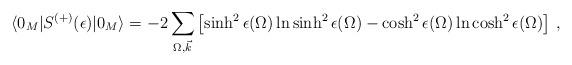
LaTeX: \begin{align*} \langle 0_M|S^{(+)}(\epsilon)|0_M\rangle = -2 \sum_{\Omega, \vec k} \left[\sinh^2 \epsilon(\Omega) \ln \sinh^2\epsilon(\Omega) - \cosh^2 \epsilon(\Omega) \ln \cosh^2\epsilon(\Omega)\right] \,,\end{align*}